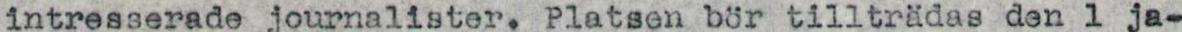
intresserade journalister. Platsen bör tillträdas den 1 ja-